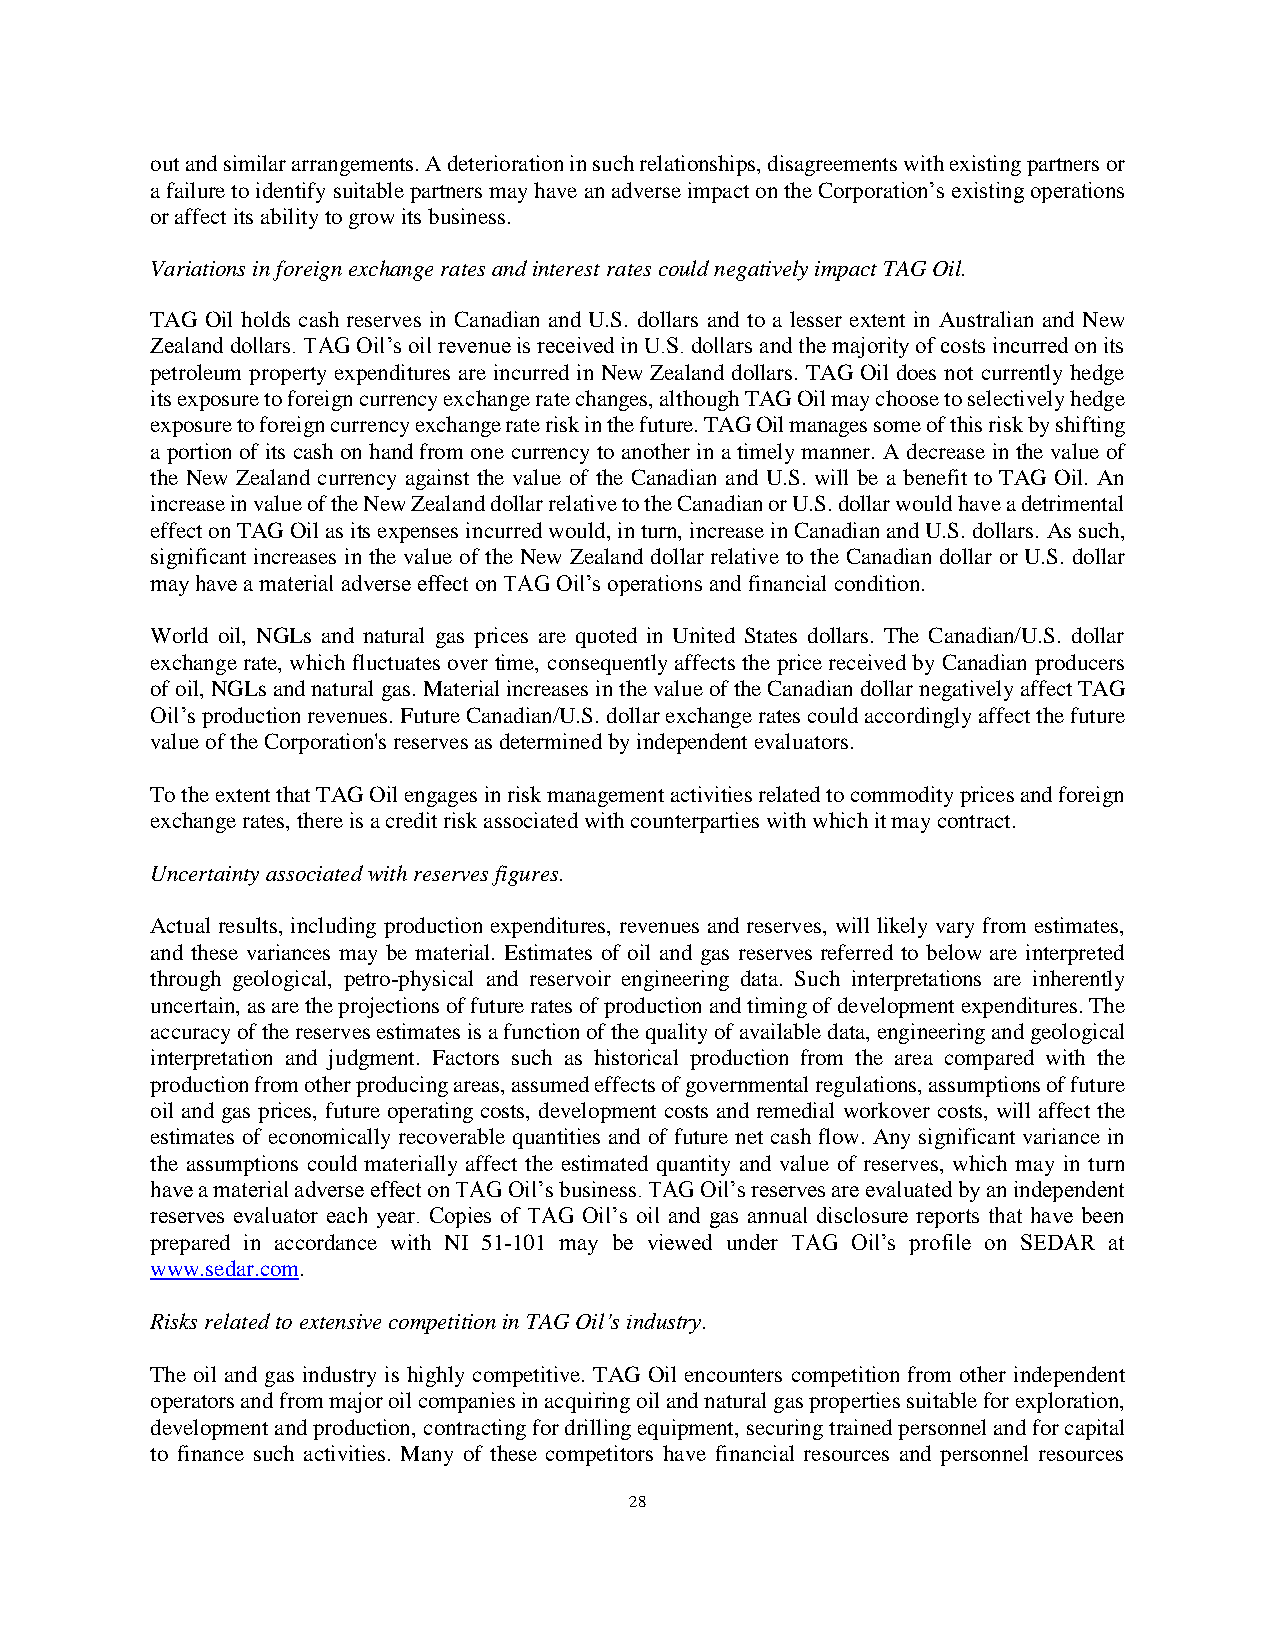
out and similar arrangements. A deterioration in such relationships, disagreements with existing partners or
 a failure to identify suitable partners may have an adverse impact on the Corporation’s existing operations
 or affect its ability to grow its business.
 Variations in foreign exchange rates and interest rates could negatively impact TAG Oil.
 TAG Oil holds cash reserves in Canadian and U.S. dollars and to a lesser extent in Australian and New
 Zealand dollars. TAG Oil’s oil revenue is received in U.S. dollars and the majority of costs incurred on its
 petroleum property expenditures are incurred in New Zealand dollars. TAG Oil does not currently hedge
 its exposure to foreign currency exchange rate changes, although TAG Oil may choose to selectively hedge
 exposure to foreign currency exchange rate risk in the future. TAG Oil manages some of this risk by shifting
 a portion of its cash on hand from one currency to another in a timely manner. A decrease in the value of
 the New Zealand currency against the value of the Canadian and U.S. will be a benefit to TAG Oil. An
 increase in value of the New Zealand dollar relative to the Canadian or U.S. dollar would have a detrimental
 effect on TAG Oil as its expenses incurred would, in turn, increase in Canadian and U.S. dollars. As such,
 significant increases in the value of the New Zealand dollar relative to the Canadian dollar or U.S. dollar
 may have a material adverse effect on TAG Oil’s operations and financial condition.
 World oil, NGLs and natural gas prices are quoted in United States dollars. The Canadian/U.S. dollar
 exchange rate, which fluctuates over time, consequently affects the price received by Canadian producers
 of oil, NGLs and natural gas. Material increases in the value of the Canadian dollar negatively affect TAG
 Oil’s production revenues. Future Canadian/U.S. dollar exchange rates could accordingly affect the future
 value of the Corporation's reserves as determined by independent evaluators.
 To the extent that TAG Oil engages in risk management activities related to commodity prices and foreign
 exchange rates, there is a credit risk associated with counterparties with which it may contract.
 Uncertainty associated with reserves figures.
 Actual results, including production expenditures, revenues and reserves, will likely vary from estimates,
 and these variances may be material. Estimates of oil and gas reserves referred to below are interpreted
 through geological, petro-physical and reservoir engineering data. Such interpretations are inherently
 uncertain, as are the projections of future rates of production and timing of development expenditures. The
 accuracy of the reserves estimates is a function of the quality of available data, engineering and geological
 interpretation and judgment. Factors such as historical production from the area compared with the
 production from other producing areas, assumed effects of governmental regulations, assumptions of future
 oil and gas prices, future operating costs, development costs and remedial workover costs, will affect the
 estimates of economically recoverable quantities and of future net cash flow. Any significant variance in
 the assumptions could materially affect the estimated quantity and value of reserves, which may in turn
 have a material adverse effect on TAG Oil’s business. TAG Oil’s reserves are evaluated by an independent
 reserves evaluator each year. Copies of TAG Oil’s oil and gas annual disclosure reports that have been
 prepared in accordance with NI 51-101 may be viewed under TAG Oil’s profile on SEDAR at
 www.sedar.com.
 Risks related to extensive competition in TAG Oil’s industry.
 The oil and gas industry is highly competitive. TAG Oil encounters competition from other independent
 operators and from major oil companies in acquiring oil and natural gas properties suitable for exploration,
 development and production, contracting for drilling equipment, securing trained personnel and for capital
 to finance such activities. Many of these competitors have financial resources and personnel resources
 28